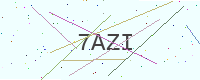
Text: 7AZI